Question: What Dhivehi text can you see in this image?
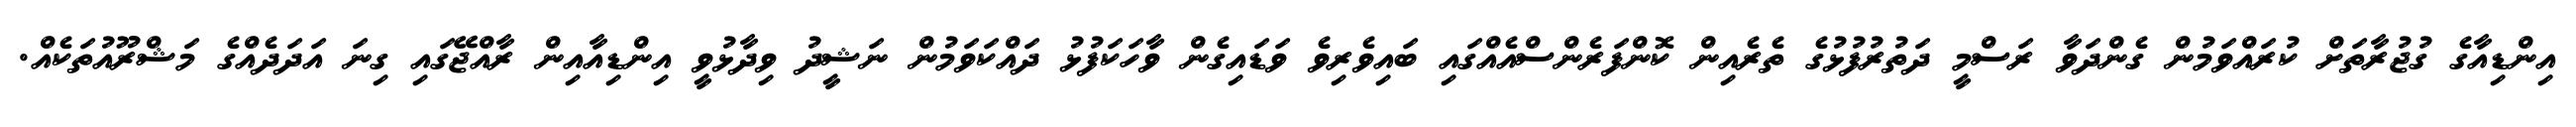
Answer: އިންޑިއާގެ ގުޖުރާތަށް ކުރައްވަމުން ގެންދަވާ ރަސްމީ ދަތުރުފުޅުގެ ތެރެއިން ކޮންފަރެންސްއެއްގައި ބައިވެރިވެ ވަޑައިގެން ވާހަކަފުޅު ދައްކަވަމުން ނަޝީދު ވިދާޅުވީ އިންޑިއާއިން ރާއްޖޭގައި ގިނަ އަދަދެއްގެ މަޝްރޫއުތަކެއް.